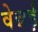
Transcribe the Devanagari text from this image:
वेन्नई